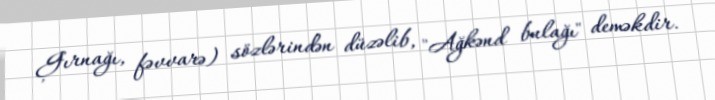
Ģırnağı, fəvvarə) sözlərindən düzəlib, "Ağkənd bulağı" deməkdir.